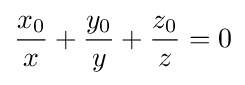
{\frac {x_{0}}{x}}+{\frac {y_{0}}{y}}+{\frac {z_{0}}{z}}=0